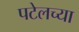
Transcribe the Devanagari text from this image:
पटेलच्या